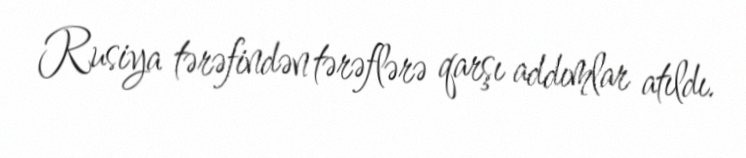
Rusiya tərəfindən tərəflərə qarşı addımlar atıldı.